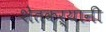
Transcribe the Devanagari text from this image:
शेतकऱ्यानी